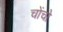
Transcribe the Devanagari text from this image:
चोंचो